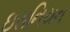
ઇરાનિયન